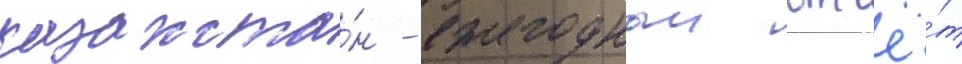
казахста́н - ежегодныи отчё́т